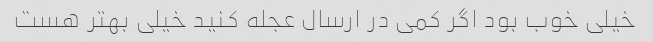
خیلی خوب بود اگر کمی در ارسال عجله کنید خیلی بهتر هست